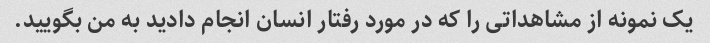
یک نمونه از مشاهداتی را که در مورد رفتار انسان انجام دادید به من بگویید.